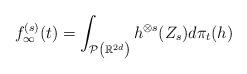
LaTeX: \begin{align*}f_\infty^{(s)}(t) = \int_{\mathcal{P}\left( \mathbb{R}^{2d}\right)}h^{\otimes s} (Z_s) d\pi_t (h) \end{align*}